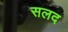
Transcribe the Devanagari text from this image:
सलद